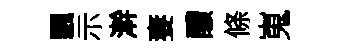
飄示澣妻醲條嵬